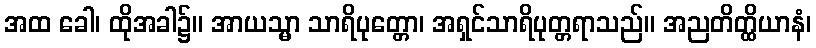
အထ ခေါ၊ ထိုအခါ၌။ အာယသ္မာ သာရိပုတ္တော၊ အရှင်သာရိပုတ္တရာသည်။ အညတိတ္ထိယာနံ၊